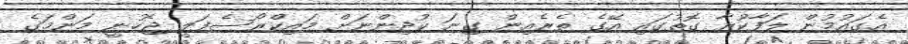
އެގައުމުން ލަފާކުރާ ގޮތުގައި އޭގެ ތެރެއިން ގިނަ ކުދިންނަށް މައިކްރޯސެފަލީ ޖެހުނީ މަންމަގެ